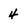
Character: 4